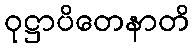
ဝုဋ္ဌာပိတေနာတိ